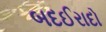
બદઈરાદો